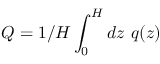
Q = 1 / H \int _ { 0 } ^ { H } d z \ q ( z )